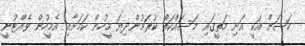
ހަސަން އަކީ އަށި މަތީގައި މަސައްކަތް ކުރަމުންދިޔަ މީހުން ކަމަށާއި އެމީހުން ވެއްޓުނީ